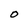
Character: O